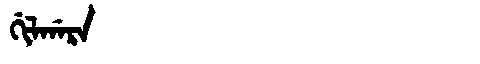
Manchu: ᡤᡳᠯᡤᠠᡵᠠ
Romanization: GILGARA